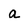
Character: a